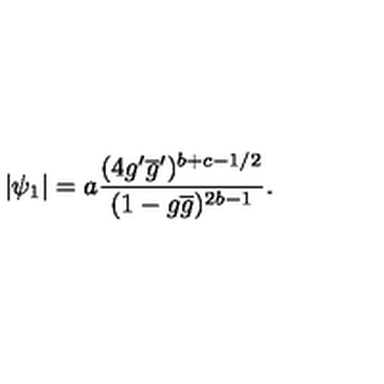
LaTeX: | \psi _ { 1 } | = a \frac { ( 4 g ^ { \prime } \overline { { g } } ^ { \prime } ) ^ { b + c - 1 / 2 } } { ( 1 - g \overline { { g } } ) ^ { 2 b - 1 } } .